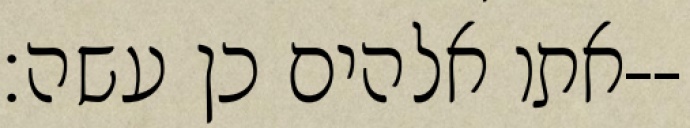
אתו אלהים כן עשה׃--